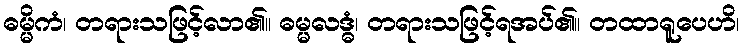
ဓမ္မိကံ၊ တရားသဖြင့်လာ၏။ ဓမ္မလဒ္ဓံ၊ တရားသဖြင့်ရအပ်၏။ တထာရူပေဟိ၊